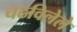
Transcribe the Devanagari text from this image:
चढविलेले